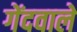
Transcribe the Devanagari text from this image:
गेंदवाले